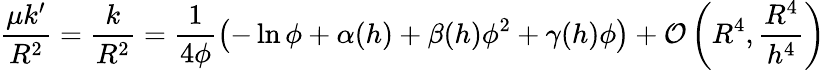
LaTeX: \frac{\mu k^{\prime}}{R^{2}}=\frac{k}{R^{2}}=\frac{1}{4\phi}\left(-\ln\phi+\alpha(h)+\beta(h)\phi^{2}+\gamma(h)\phi\right)+\mathcal{O}\left(R^{4},\frac{R^{4}}{h^{4}}\right)